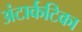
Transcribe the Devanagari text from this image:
अंटार्कटिका